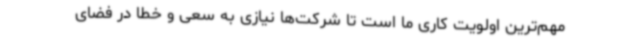
مهم‌ترین اولویت کاری ما است تا شرکت‌ها نیازی به سعی و خطا در فضای